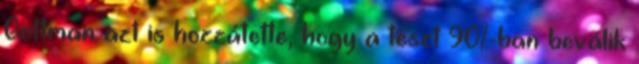
Gottman azt is hozzátette, hogy a teszt 90%-ban beválik